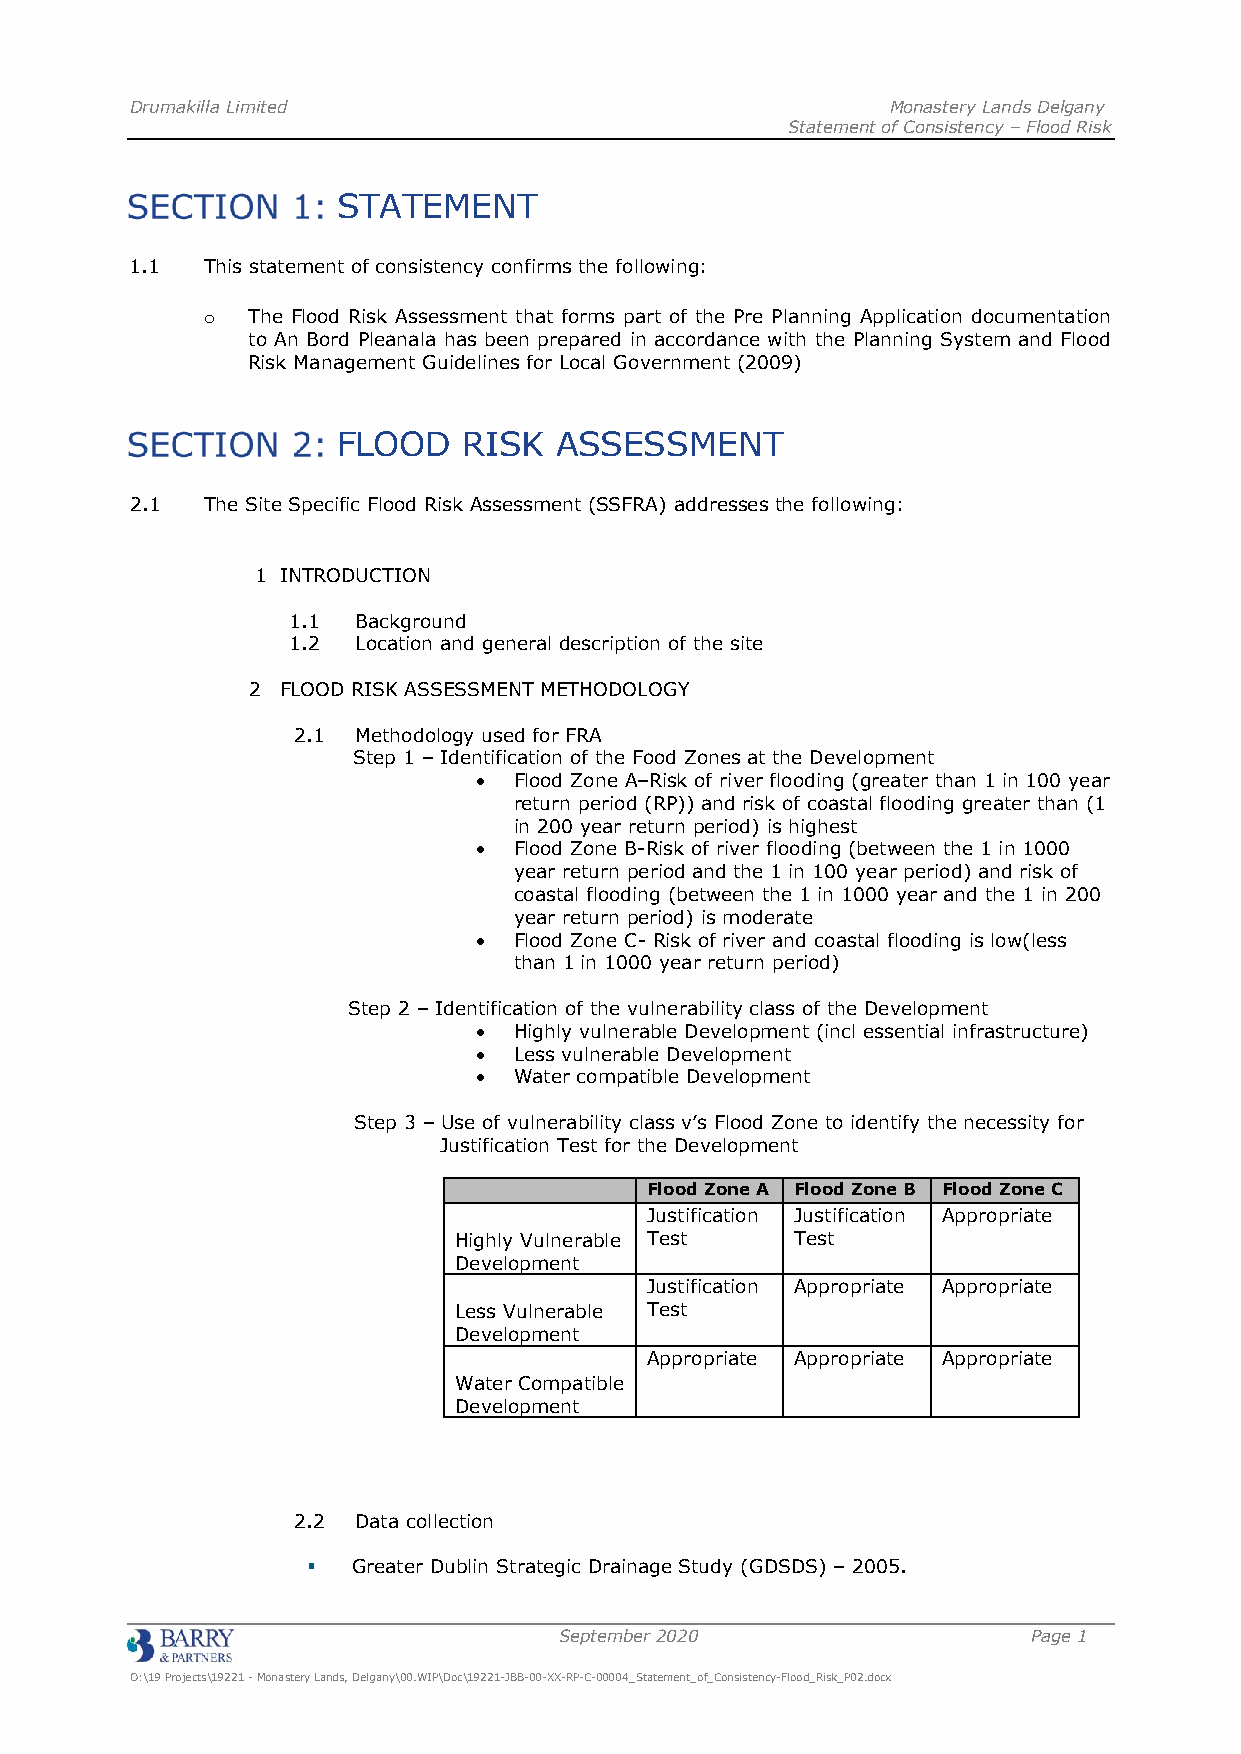
Drumakilla Limited                                Monastery Lands Delgany
 Statement of Consistency – Flood Risk
 STATEMENT
 1.1 This statement of consistency confirms the following:
 o  The Flood Risk Assessment that forms part of the Pre Planning Application documentation
 to An Bord Pleanala has been prepared in accordance with the Planning System and Flood
 Risk Management Guidelines for Local Government (2009)
 FLOOD    RISK  ASSESSMENT
 2.1 The Site Specific Flood Risk Assessment (SSFRA) addresses the following:
 1 INTRODUCTION
 1.1  Background
 1.2  Location and general description of the site
 2  FLOOD RISK ASSESSMENT METHODOLOGY
 2.1  Methodology used for FRA
 Step 1 – Identification of the Food Zones at the Development
 • Flood Zone A–Risk of river flooding (greater than 1 in 100 year
 return period (RP)) and risk of coastal flooding greater than (1
 in 200 year return period) is highest
 • Flood Zone B-Risk of river flooding (between the 1 in 1000
 year return period and the 1 in 100 year period) and risk of
 coastal flooding (between the 1 in 1000 year and the 1 in 200
 year return period) is moderate
 • Flood Zone C- Risk of river and coastal flooding is low(less
 than 1 in 1000 year return period)
 Step 2 – Identification of the vulnerability class of the Development
 • Highly vulnerable Development (incl essential infrastructure)
 • Less vulnerable Development
 • Water compatible Development
 Step 3 – Use of vulnerability class v’s Flood Zone to identify the necessity for
 Justification Test for the Development
 Flood Zone A Flood Zone B Flood Zone C
 Justification Justification Appropriate
 Highly Vulnerable Test Test
 Development
 Justification Appropriate Appropriate
 Less Vulnerable Test
 Development
 Appropriate Appropriate Appropriate
 Water Compatible
 Development
 2.2  Data collection
 ▪  Greater Dublin Strategic Drainage Study (GDSDS) – 2005.
 September 2020                 Page 1
 O:\19 Projects\19221 - Monastery Lands, Delgany\00.WIP\Doc\19221-JBB-00-XX-RP-C-00004_Statement_of_Consistency-Flood_Risk_P02.docx